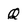
Character: Q